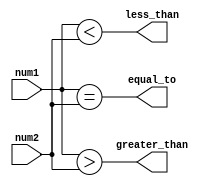
module comparator(
    input [15:0] num1,
    input [15:0] num2,
    output less_than,
    output equal_to,
    output greater_than
);

assign less_than = |({num1} < {num2});
assign equal_to = |({num1} == {num2});
assign greater_than = |({num1} > {num2});

endmodule